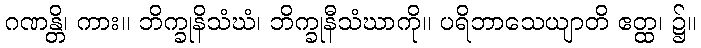
ဂဏန္တိ၊ ကား။ ဘိက္ခုနိသံဃံ၊ ဘိက္ခုနီသံဃာကို။ ပရိဘာသေယျာတိ ဧတ္ထ၊ ၌။